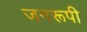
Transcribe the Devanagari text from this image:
जनरूपी